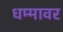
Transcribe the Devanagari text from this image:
धम्मावर